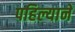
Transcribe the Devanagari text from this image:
पहिल्याने